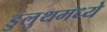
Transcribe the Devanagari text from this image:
डुलुथमध्ये